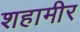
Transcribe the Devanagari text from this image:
शहामीर